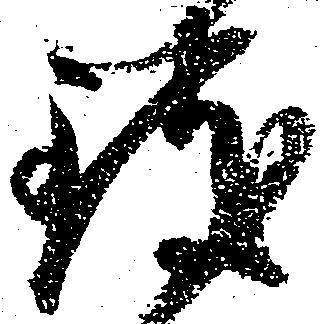
致